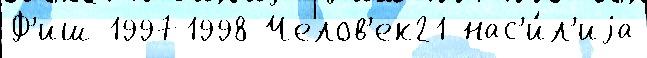
Ф'иш 19971998 Челов'ек21 нас'и́л'иjа